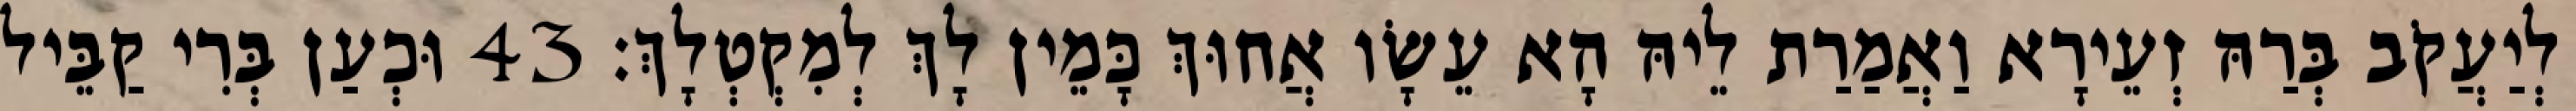
לְיַעֲקֹב בְּרַהּ זְעֵירָא וַאֲמַרַת לֵיהּ הָא עֵשָׂו אֲחוּךְ כָּמֵין לָךְ לְמִקְטְלָךְ׃ 43 וּכְעַן בְּרִי קַבֵּיל